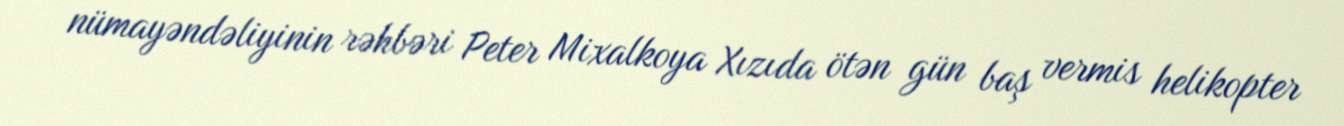
nümayəndəliyinin rəhbəri Peter Mixalkoya Xızıda ötən gün baş vermis helikopter